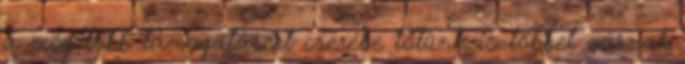
a még több támogatásért cserébe tőlünk is többet várnak